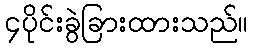
၄ပိုင်းခွဲခြားထားသည်။